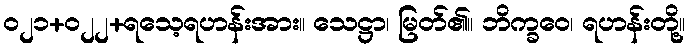
၀၂၁+၀၂၂+ရသေ့ရဟန်းအား။ သေဋ္ဌာ၊ မြတ်၏။ ဘိက္ခဝေ၊ ရဟန်းတို့။